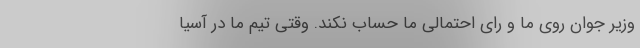
وزیر جوان روی ما و رای احتمالی ما حساب نکند. وقتی تیم ما در آسیا